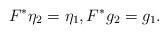
LaTeX: \begin{align*}F^{\ast} \eta_{2} = \eta_{1}, F^{\ast}g_{2} = g_{1}.\end{align*}